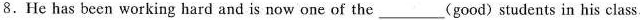
8.He has been working hard and is now one of the___(good) students in his class.